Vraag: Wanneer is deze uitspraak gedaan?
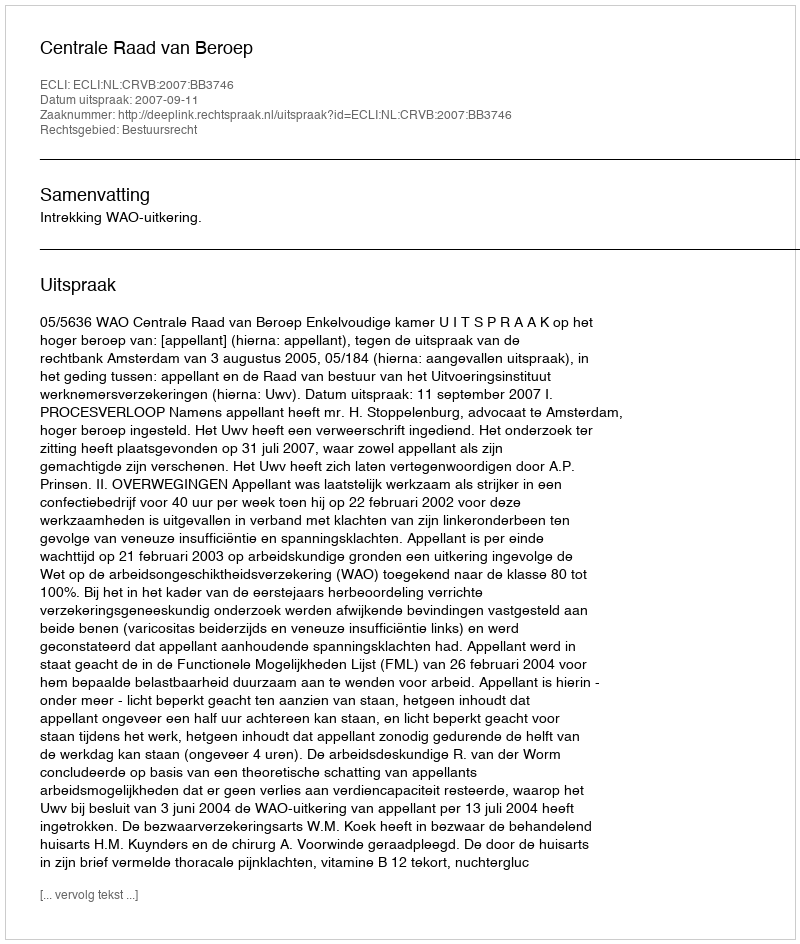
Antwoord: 2007-09-11